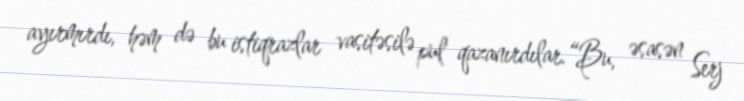
ayırmırdı, həm də bu istiqrazlar vasitəsilə pul qazanırdılar.“Bu, əsasən Serj